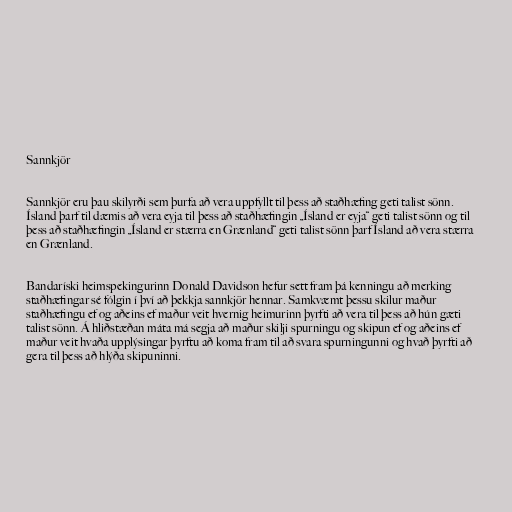
Sannkjör

Sannkjör eru þau skilyrði sem þurfa að vera uppfyllt til þess að staðhæfing geti talist sönn.
Ísland þarf til dæmis að vera eyja til þess að staðhæfingin „Ísland er eyja“ geti talist sönn og til
þess að staðhæfingin „Ísland er stærra en Grænland“ geti talist sönn þarf Ísland að vera stærra
en Grænland.

Bandaríski heimspekingurinn Donald Davidson hefur sett fram þá kenningu að merking
staðhæfingar sé fólgin í því að þekkja sannkjör hennar. Samkvæmt þessu skilur maður
staðhæfingu ef og aðeins ef maður veit hvernig heimurinn þyrfti að vera til þess að hún gæti
talist sönn. Á hliðstæðan máta má segja að maður skilji spurningu og skipun ef og aðeins ef
maður veit hvaða upplýsingar þyrftu að koma fram til að svara spurningunni og hvað þyrfti að
gera til þess að hlýða skipuninni.